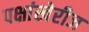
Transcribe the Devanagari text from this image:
पक्षांखेरीज